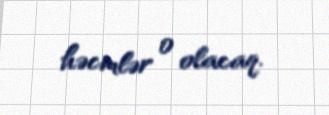
həcmlər 0 olacaq.